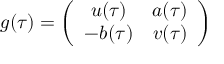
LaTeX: g ( \tau ) = \left( \begin{array} { c c } { { u ( \tau ) } } & { { a ( \tau ) } } \\ { { - b ( \tau ) } } & { { v ( \tau ) } } \end{array} \right)